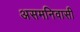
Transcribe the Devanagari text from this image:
असमनिवासी